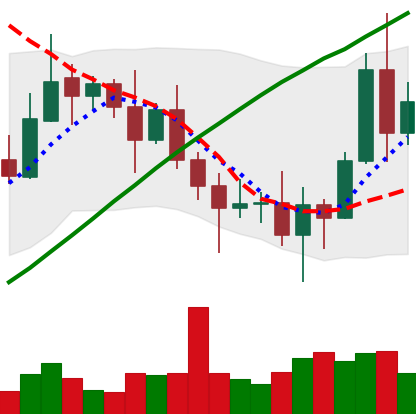
Ticker: XRP-USD
Chart end date: 2020-11-08
Forward return: 4.431%
Label: up_3_5